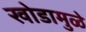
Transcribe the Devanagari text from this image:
खोडामुळे